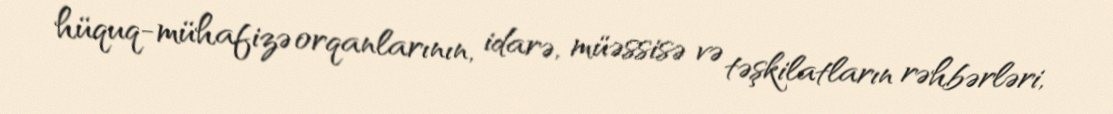
hüquq-mühafizə orqanlarının, idarə, müəssisə və təşkilatların rəhbərləri,